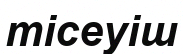
тісеуіш